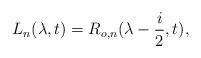
LaTeX: \begin{align*}L_n(\lambda ,t) = R_{o,n}(\lambda -\frac{i}{2},t),\end{align*}